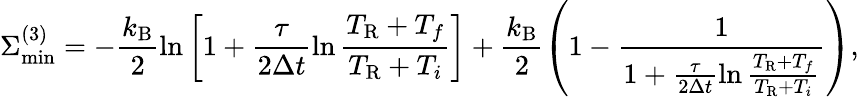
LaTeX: \Sigma_{\mathrm{min}}^{(3)}=-\frac{k_{\mathrm{B}}}{2}\ln\left[1+\frac{\tau}{2\Delta t}\ln\frac{T_{\mathrm{R}}+T_{f}}{T_{\mathrm{R}}+T_{i}}\right]+\frac{k_{\mathrm{B}}}{2}\left(1-\frac{1}{1+\frac{\tau}{2\Delta t}\ln\frac{T_{\mathrm{R}}+T_{f}}{T_{\mathrm{R}}+T_{i}}}\right),